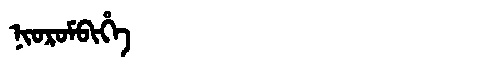
Manchu: ᠨᡳᠣᡵᠣᠮᠪᡳᡥᡝ
Romanization: NIOROMBIHE